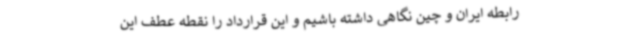
رابطه ایران و چین نگاهی داشته باشیم و این قرارداد را نقطه عطف این